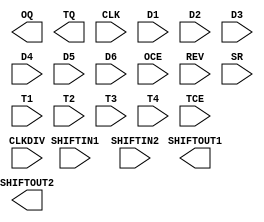
// $Header: /devl/xcs/repo/env/Databases/CAEInterfaces/xec_libs/data/unisims/OSERDES.v,v 1.1 2005/05/10 01:20:08 wloo Exp $

`timescale  1 ps / 1 ps

module OSERDES (OQ, SHIFTOUT1, SHIFTOUT2, TQ,
		  CLK, CLKDIV, D1, D2, D3, D4, D5, D6, OCE, REV, SHIFTIN1, SHIFTIN2, SR, T1, T2, T3, T4, TCE);

    parameter DATA_RATE_OQ = "DDR";
    parameter DATA_RATE_TQ = "DDR";
    parameter DATA_WIDTH = 4;
    parameter INIT_OQ = 1'b0;
    parameter INIT_TQ = 1'b0;
    parameter SERDES_MODE = "MASTER";
    parameter SRVAL_OQ = 1'b0;
    parameter SRVAL_TQ = 1'b0;
    parameter TRISTATE_WIDTH = 4;
    output OQ;
    output SHIFTOUT1;
    output SHIFTOUT2;
    output TQ;
    input CLK;
    input CLKDIV;
    input D1;
    input D2;
    input D3;
    input D4;
    input D5;
    input D6;
    input OCE;
    input REV;
    input SHIFTIN1;
    input SHIFTIN2;
    input SR;
    input T1;
    input T2;
    input T3;
    input T4;
    input TCE;
// Data output delays
    parameter io_ffd = 1; // clock to out delay for flip flops
    parameter io_mxd = 1; // 60 ps mux delay
    parameter ffdcnt = 1;
    parameter mxdcnt = 1;
    // Tristate output delays
    parameter iot_ffd = 1;
    parameter iot_mxd = 1;
// Representation of 3rd flop ( latch and output latch)
// First rank of flops for input data
// Representation of 3rd flop ( latch and output latch)

endmodule // OSERDES